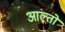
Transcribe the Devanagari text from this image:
आल्तो